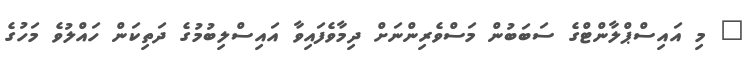
" މި އައިސްޕްލާންޓްގެ ސަބަބުން މަސްވެރިންނަށް ދިމާވެފައިވާ އައިސްލިބުމުގެ ދަތިކަން ހައްލުވެ މަހުގެ